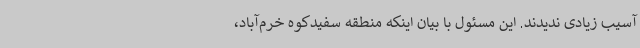
آسیب زیادی ندیدند. این مسئول با بیان اینکه منطقه سفیدکوه خرم‌آباد،